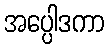
အပ္ပေါဒကာ